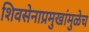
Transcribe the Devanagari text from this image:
शिवसेनाप्रमुखांमुळेच